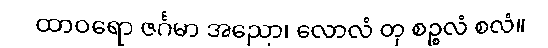
ထာဝရော ဇင်္ဂမာ အညော၊ လောလံ တု စဉ္စလံ စလံ။